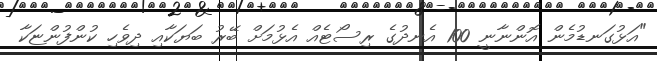
"އަޅުގަނޑުމެން އޮންނާނީ 100 އެނދުގެ ރިސޯޓެއް އެޅުމަށް ބޭރު ބަޔަކާއި ދިވެހި ކުންފުންޏަކާ